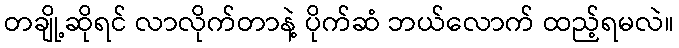
တချို့ဆိုရင် လာလိုက်တာနဲ့ ပိုက်ဆံ ဘယ်လောက် ထည့်ရမလဲ။